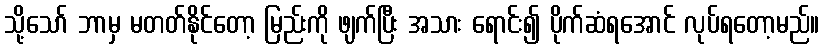
သို့သော် ဘာမှ မတတ်နိုင်တော့ မြည်းကို ဖျက်ပြီး အသား ရောင်း၍ ပိုက်ဆံရအောင် လုပ်ရတော့မည်။